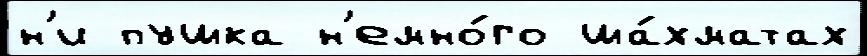
н'и пушка н'емно́го ша́хматах